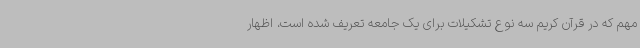
مهم که در قرآن کریم سه نوع تشکیلات برای یک جامعه تعریف شده است، اظهار